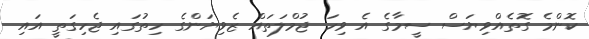
ކޮންމެ ގޮތެއްވިޔަސް ސީމާގެ އެ ވިހަ ޖުމްލަތައް ޒެވިޔަންގެ ހިތުގައި ޖެހިގަތީ އައި